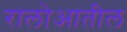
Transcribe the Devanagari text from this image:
रालोआतील